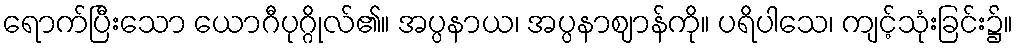
ရောက်ပြီးသော ယောဂီပုဂ္ဂိုလ်၏။ အပ္ပနာယ၊ အပ္ပနာဈာန်ကို။ ပရိပါသေ၊ ကျင့်သုံးခြင်း၌။